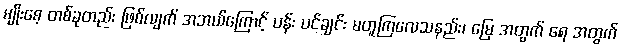
မျိုးစေ့ တစ်ခုတည်း ဖြစ်လျက် အဘယ်ကြောင့် ပန်း ပင်ချင်း မတူကြလေသနည်း၊ မြေ အတွက် ရေ အတွက်